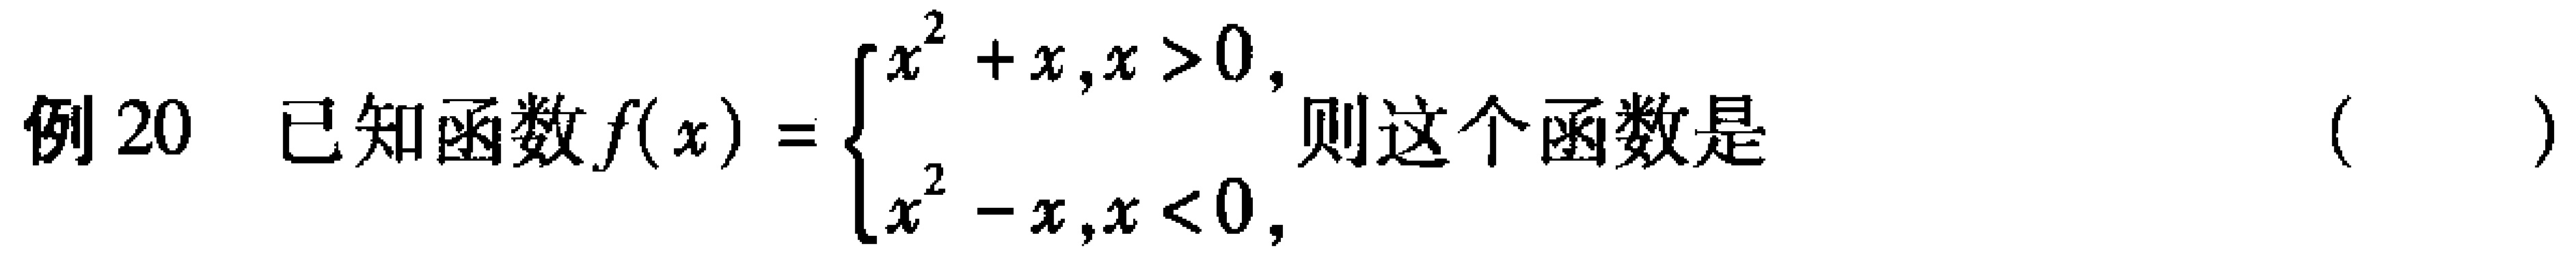
例 20 已知函数\(f(x)=\begin{cases}x^{2}+x,x > 0,\\x^{2}-x,x < 0,\end{cases}\)则这个函数是（  ）